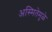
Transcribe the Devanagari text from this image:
अस्मितेमुळे